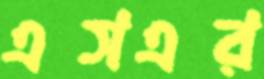
এসএর